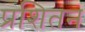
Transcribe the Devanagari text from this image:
प्रशितन